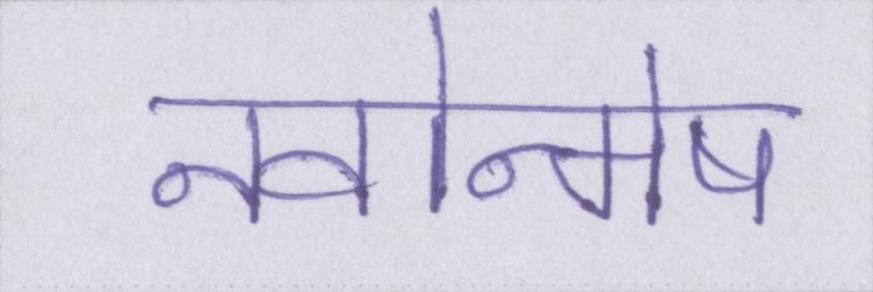
नवोन्मेष